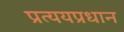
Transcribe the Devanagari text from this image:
प्रत्ययप्रधान